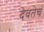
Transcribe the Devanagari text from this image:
देवतेचं